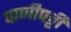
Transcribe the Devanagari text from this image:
पाणीपट्टी